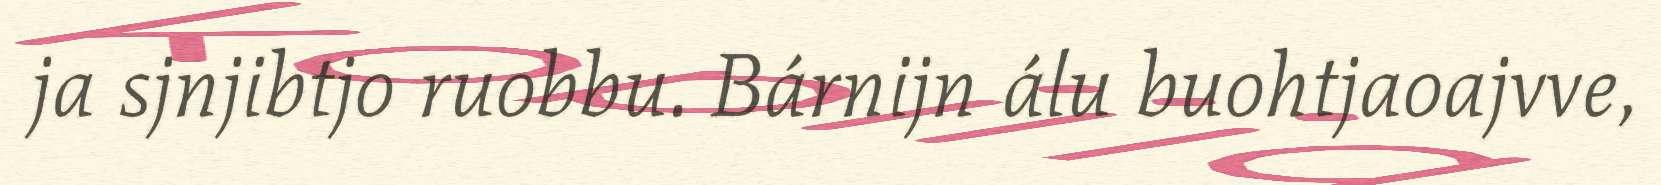
ja sjnjibtjo ruobbu. Bárnijn álu buohtjaoajvve,